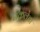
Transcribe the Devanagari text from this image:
नकलेचा